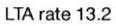
LTA rate 13.2